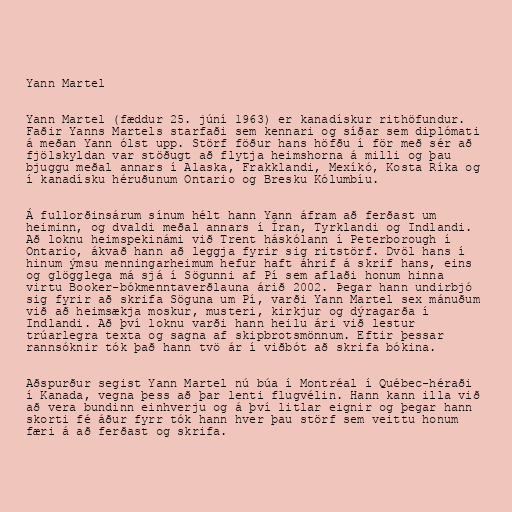
Yann Martel

Yann Martel (fæddur 25. júní 1963) er kanadískur rithöfundur.
Faðir Yanns Martels starfaði sem kennari og síðar sem diplómati
á meðan Yann ólst upp. Störf föður hans höfðu í för með sér að
fjölskyldan var stöðugt að flytja heimshorna á milli og þau
bjuggu meðal annars í Alaska, Frakklandi, Mexíkó, Kosta Ríka og
í kanadísku héruðunum Ontario og Bresku Kólumbíu.

Á fullorðinsárum sínum hélt hann Yann áfram að ferðast um
heiminn, og dvaldi meðal annars í Íran, Tyrklandi og Indlandi.
Að loknu heimspekinámi við Trent háskólann í Peterborough í
Ontario, ákvað hann að leggja fyrir sig ritstörf. Dvöl hans í
hinum ýmsu menningarheimum hefur haft áhrif á skrif hans, eins
og glögglega má sjá í Sögunni af Pí sem aflaði honum hinna
virtu Booker-bókmenntaverðlauna árið 2002. Þegar hann undirbjó
sig fyrir að skrifa Söguna um Pí, varði Yann Martel sex mánuðum
við að heimsækja moskur, musteri, kirkjur og dýragarða í
Indlandi. Að því loknu varði hann heilu ári við lestur
trúarlegra texta og sagna af skipbrotsmönnum. Eftir þessar
rannsóknir tók það hann tvö ár í viðbót að skrifa bókina.

Aðspurður segist Yann Martel nú búa í Montréal í Québec-héraði
í Kanada, vegna þess að þar lenti flugvélin. Hann kann illa við
að vera bundinn einhverju og á því litlar eignir og þegar hann
skorti fé áður fyrr tók hann hver þau störf sem veittu honum
færi á að ferðast og skrifa.